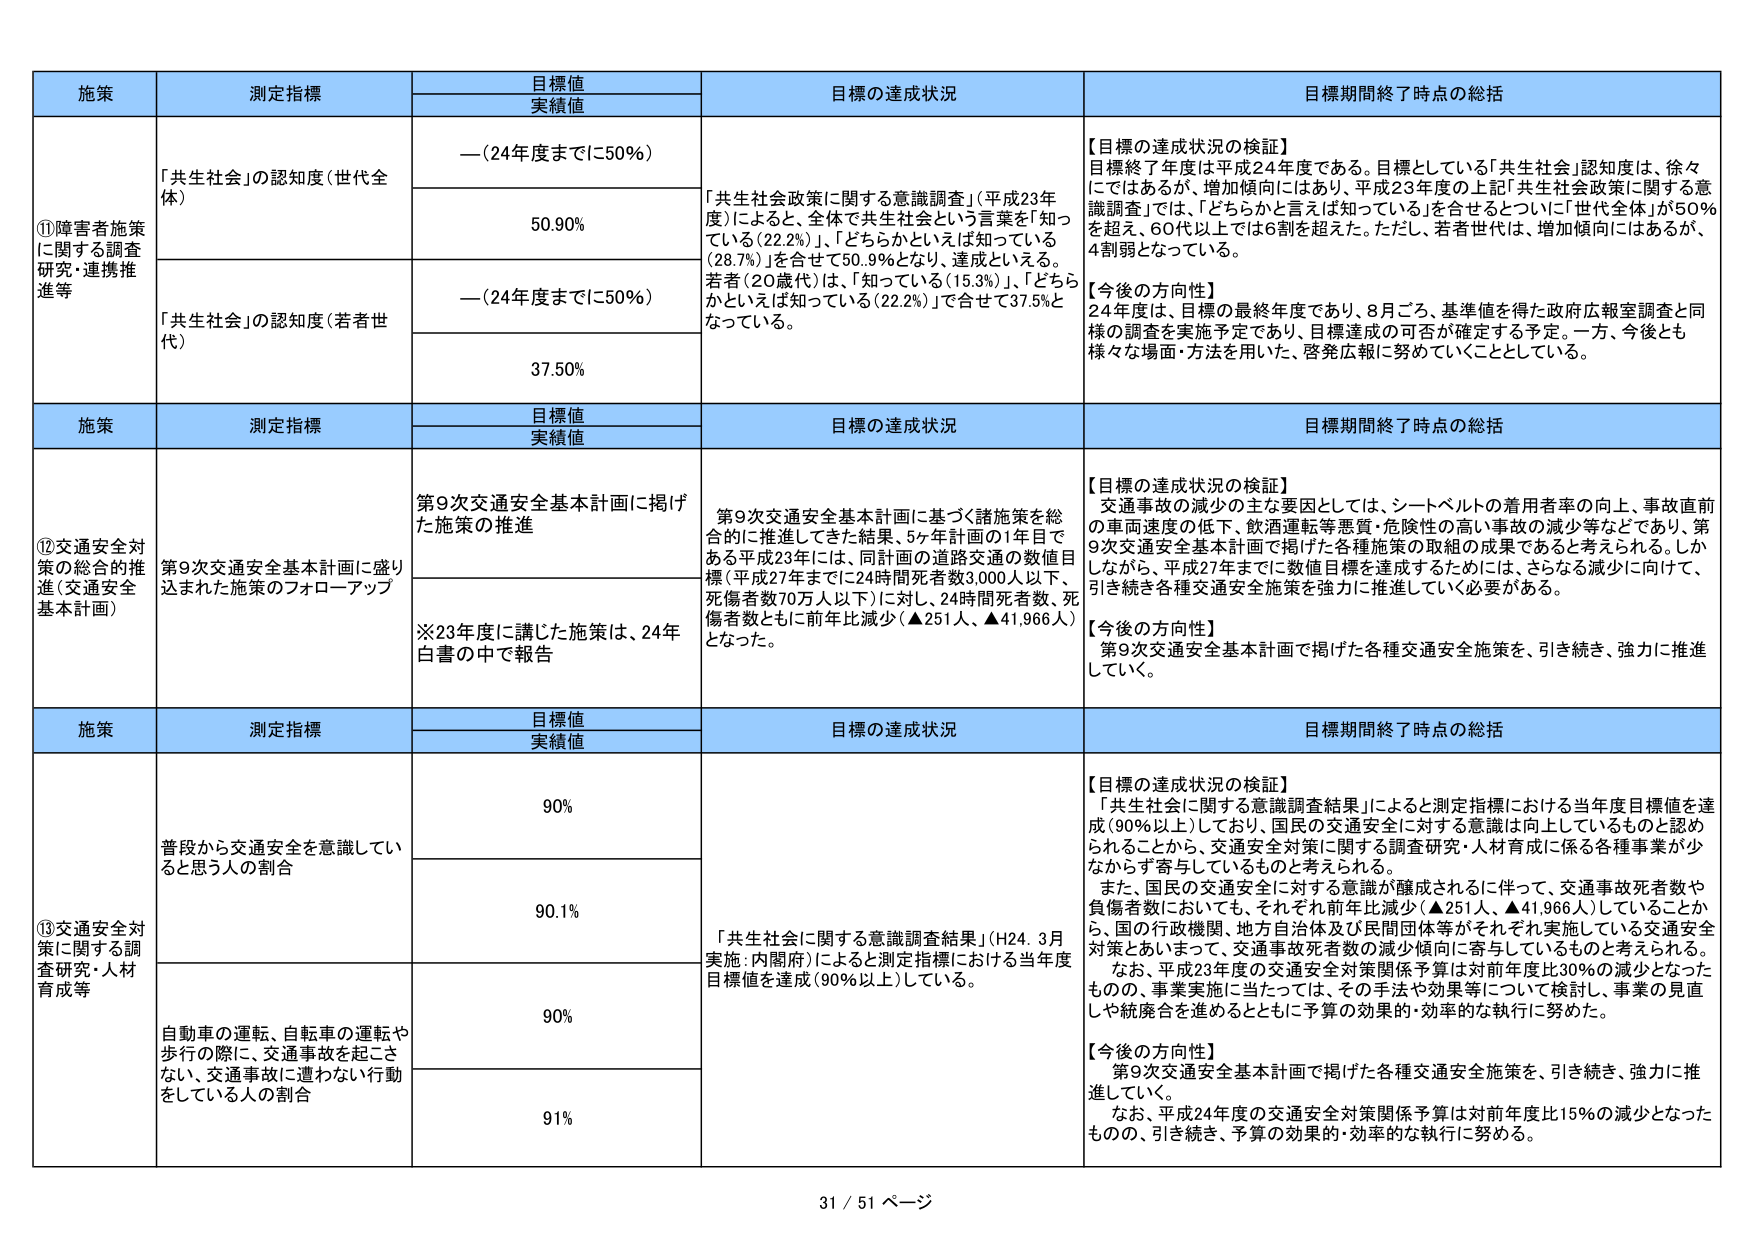
施策 測定指標 目標値 実績値 目標の達成状況 目標期間終了時点の総括
①障害者施策に関する調査研究・連携推進等 「共生社会」の認知度（世代全体） —（24年度までに50％） 「共生社会政策に関する意識調査」（平成23年度）によると、全体で共生社会という言葉を「知っている（22.2％）」、「どちらかといえば知っている（28.7％）」を合せて50.9％となり、達成している。若者（20歳代）は、「知っている（15.3％）」、「どちらかといえば知っている（22.2％）」で合せて37.5％となっている。 【目標の達成状況の検証】 目標終了年度は平成24年度である。目標としている「共生社会」認知度は、徐々にははあるが、増加傾向にはあり、平成23年度の上記「共生社会政策に関する意識調査」では、「どちらかと言えば知っている」を合せるとうちに「世代全体」が50％を超え、60代以上では6割を超えた。ただし、若者世代は、増加傾向にはあるが、4割弱となっている。 【今後の方向性】 24年度は、目標の最終年度であり、8月ごろ、基準値を得た政府広報室調査と同様の調査を実施予定であり、目標達成の可否が確定する予定。一方、今後とも様々な場面・方法を用いた、啓発広報に努めていくこととしている。
「共生社会」の認知度（若者世代） —（24年度までに50％） 37.50％
施策 測定指標 目標値 実績値 目標の達成状況 目標期間終了時点の総括
⑫交通安全対策の総合的推進（交通安全基本計画） 第9次交通安全基本計画に盛り込まれた施策のフォローアップ 第9次交通安全基本計画に掲げた施策の推進 第9次交通安全基本計画に基づく諸施策を総合的に推進してきた結果、5ヶ年計画の1年目である平成23年には、同計画の道路交通の数値目標（平成27年までに24時間死者数3,000人以下、死傷者数70万人以下）に対し、24時間死者数、死傷者数ともに前年比減少（▲251人、▲41,966人）となった。 【目標の達成状況の検証】 交通事故の減少の主な要因としては、シートベルトの着用者率の向上、事故直前の車両速度の低下、飲酒運転等悪質・危険性の高い事故の減少等などであり、第9次交通安全基本計画で掲げた各種施策の取組の成果であると考えられる。しかしながら、平成27年までに数値目標を達成するためには、さらなる減少に向けて、引き続き各種交通安全施策を強力に推進していく必要がある。 【今後の方向性】 第9次交通安全基本計画で掲げた各種交通安全施策を、引き続き、強力に推進していく。
※23年度に講じた施策は、24年白書の中で報告
施策 測定指標 目標値 実績値 目標の達成状況 目標期間終了時点の総括
⑬交通安全対策に関する調査研究・人材育成等 普段から交通安全を意識していると思う人の割合 90％ 「共生社会に関する意識調査結果」（H24.3月実施：内閣府）によると測定指標における当年度目標値を達成（90％以上）している。 【目標の達成状況の検証】 「共生社会に関する意識調査結果」によると測定指標における当年度目標値を達成（90％以上）しており、国民の交通安全に対する意識は向上しているものと認められることから、交通安全対策に関する調査研究・人材育成に係る各種事業が少なからず寄与しているものと考えられる。 また、国民の交通安全に対する意識が醸成されるに伴って、交通事故死者数や負傷者数においても、それぞれ前年比減少（▲251人、▲41,966人）していることから、国の行政機関、地方自治体及び民間団体等がそれぞれ実施している交通安全対策とあいまって、交通事故死者数の減少傾向に寄与しているものと考えられる。 なお、平成23年度の交通安全対策関係予算は対前年度比30％の減少となったものの、事業実施に当たっては、その手法や効果等について検討し、事業の見直しや統廃合を進めるとともに予算の効果的・効率的な執行に努めた。 【今後の方向性】 第9次交通安全基本計画で掲げた各種交通安全施策を、引き続き、強力に推進していく。 なお、平成24年度の交通安全対策関係予算は対前年度比15％の減少となったものの、引き続き、予算の効果的・効率的な執行に努める。
自転車の運転、自転車の運転や歩行の際に、交通事故を起こさない、交通事故に遭わない行動をしている人の割合 90％ 91％
31 / 51 ページ